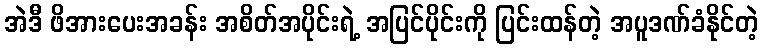
အဲဒီ ဖိအားပေးအခန်း အစိတ်အပိုင်းရဲ့ အပြင်ပိုင်းကို ပြင်းထန်တဲ့ အပူဒဏ်ခံနိုင်တဲ့